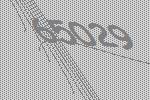
65029